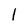
Character: l